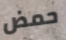
حمض